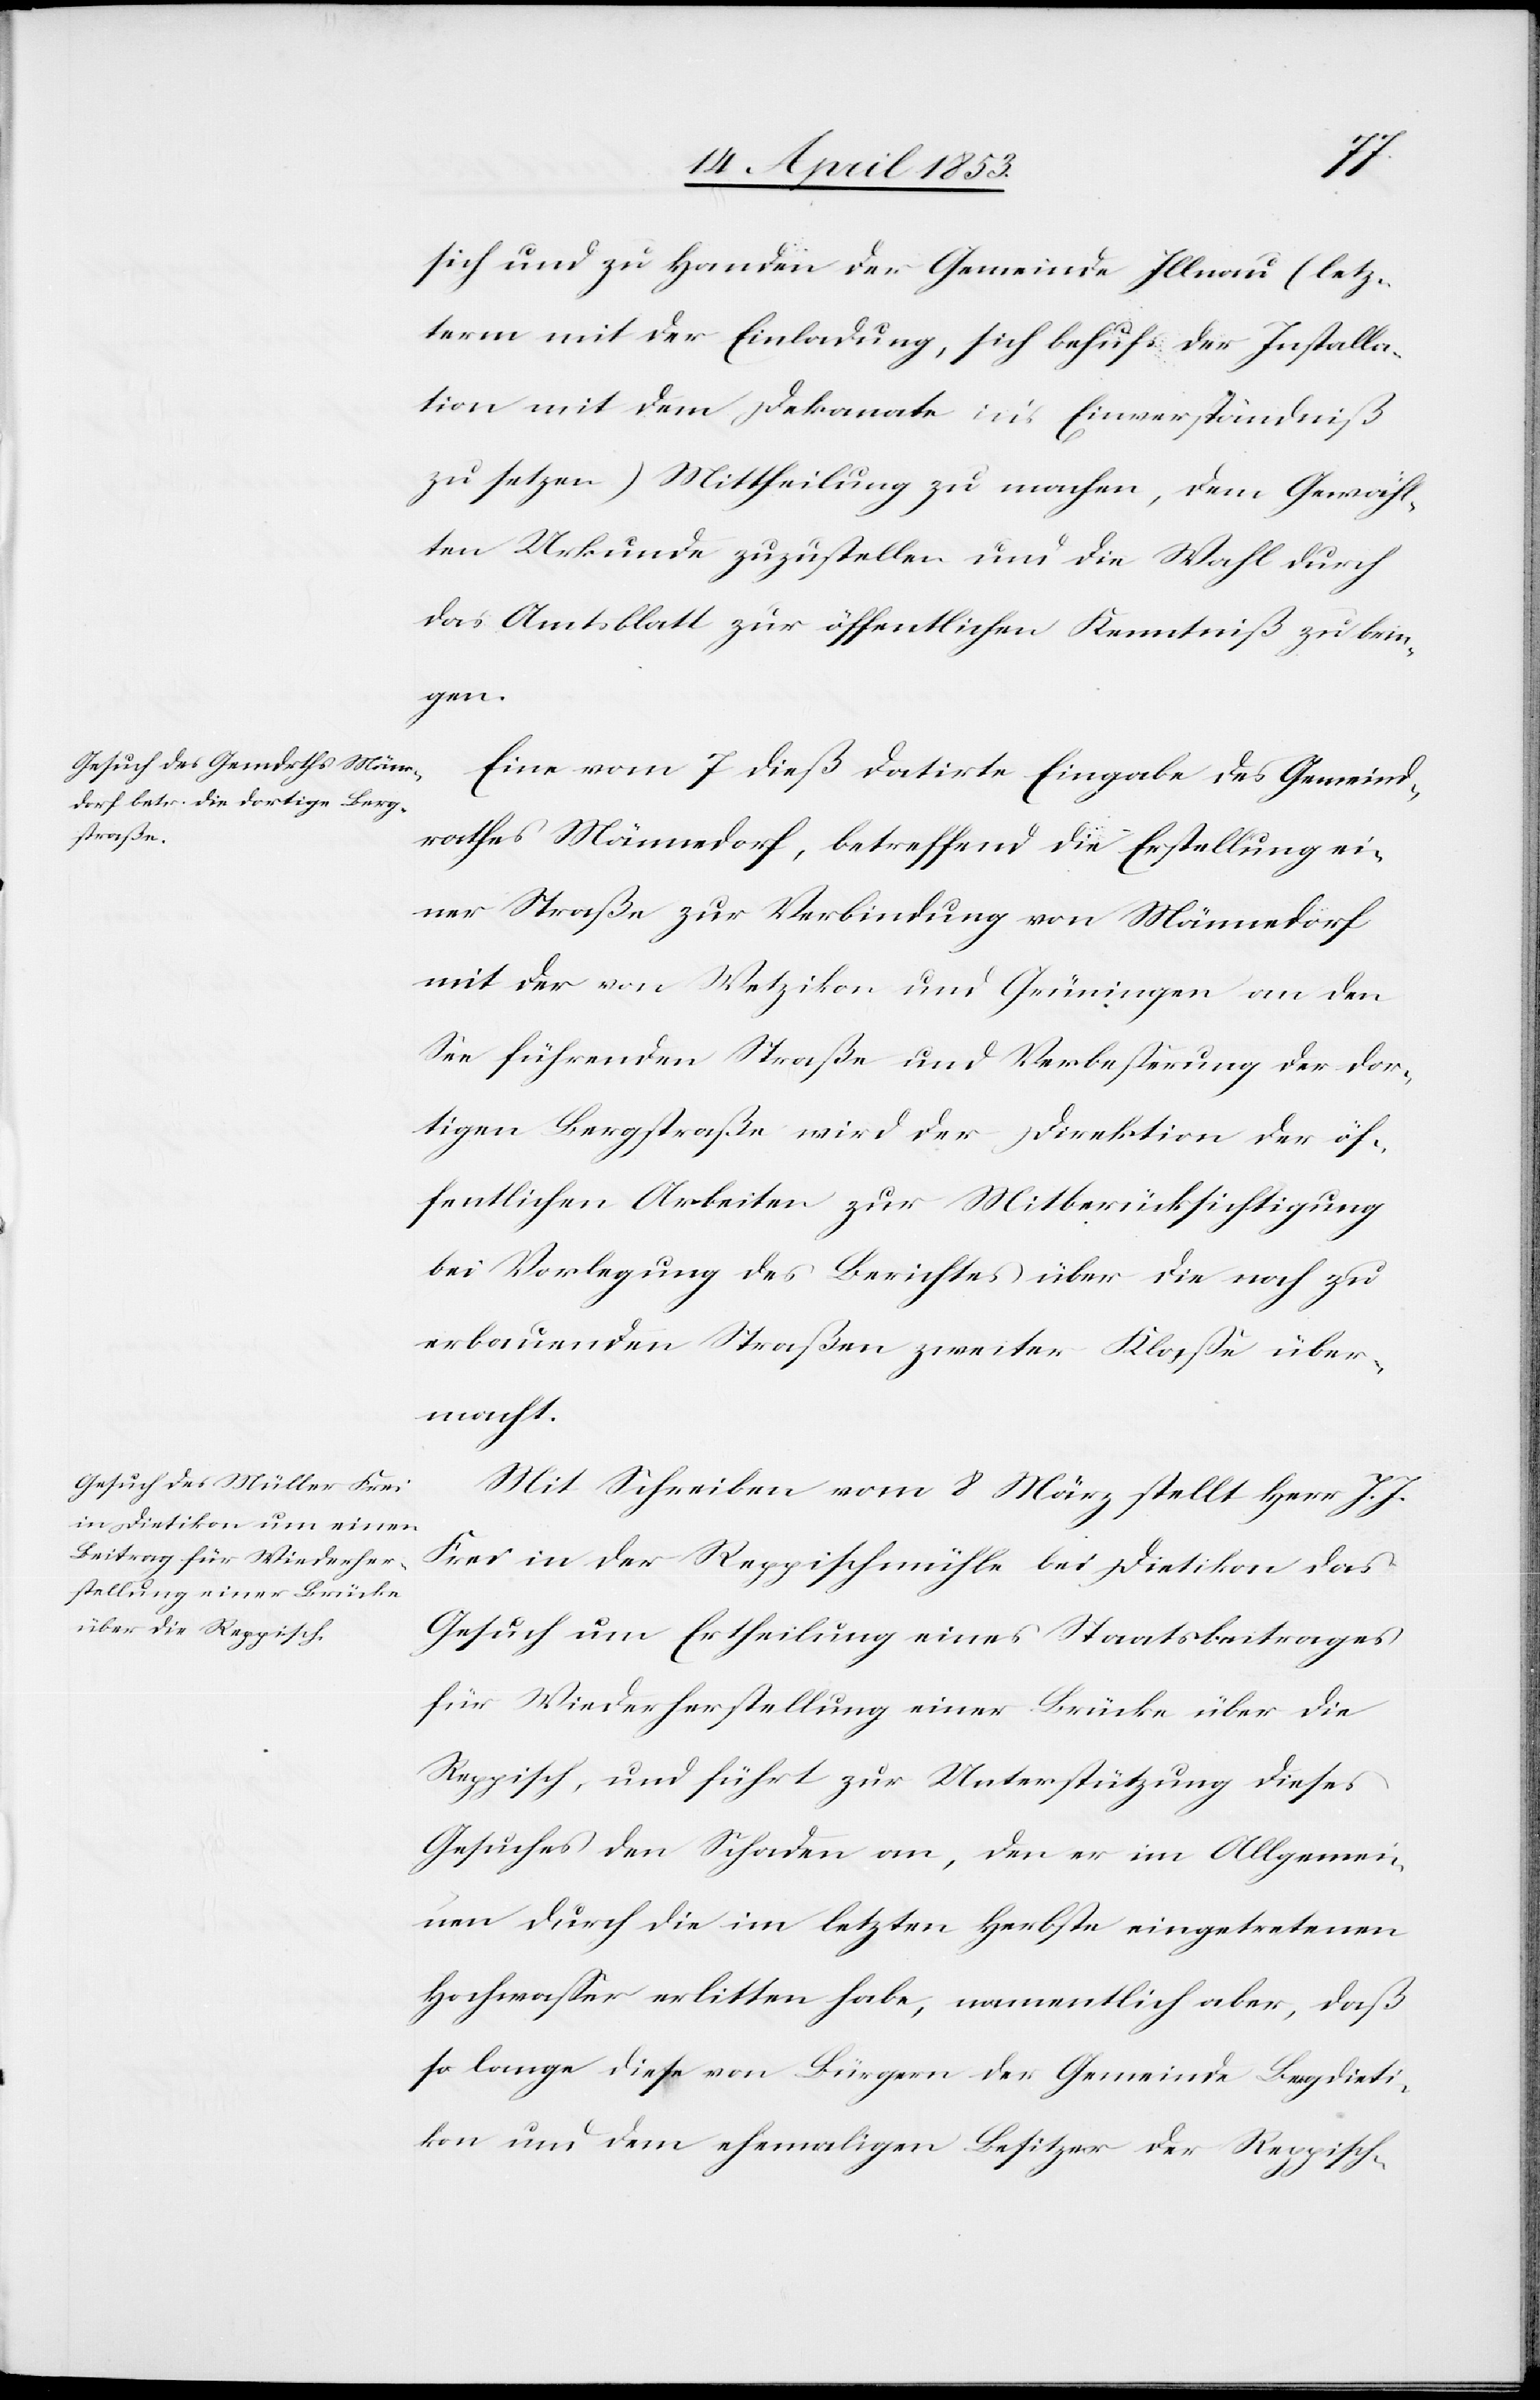
sich und zu Handen der Gemeinde Illnau (letz¬
term mit der Einladung, sich behufs der Installa¬
tion mit dem Dekanate in’s Einverständniß
zu setzen) Mittheilung zu machen, dem Gewähl¬
ten Urkunde zuzustellen und die Wahl durch
das Amtsblatt zur öffentlichen Kenntniß zu brin¬
gen.
Eine vom 7 dieß datirte Eingabe des Gemeind¬
rathes Männedorf, betreffend die Erstellung ei¬
ner Straße zur Verbindung von Männedorf
mit der von Wetzikon und Grüningen an den
See führenden Straße und Verbeßerung der dor¬
tigen Bergstraße wird der Direktion der öf¬
fentlichen Arbeiten zur Mitberücksichtigung
bei Vorlegung des Berichtes über die noch zu
erbauenden Straßen zweiter Klaße über¬
macht.
Mit Schreiben vom 8 März stellt Herr J. J.
Frei in der Reppischmühle bei Dietikon das
Gesuch um Ertheilung eines Staatsbeitrages
für Wiederherstellung einer Brücke über die
Reppisch, und führt zur Unterstützung dieses
Gesuches den Schaden an, den er im Allgemei¬
nen durch die im letzten Herbste eingetretenen
Hochwaßer erlitten habe, namentlich aber, daß
so lange diese von Bürgern der Gemeinde Bergdieti¬
kon und dem ehemaligen Besitzer der Reppisch-